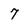
Character: 7